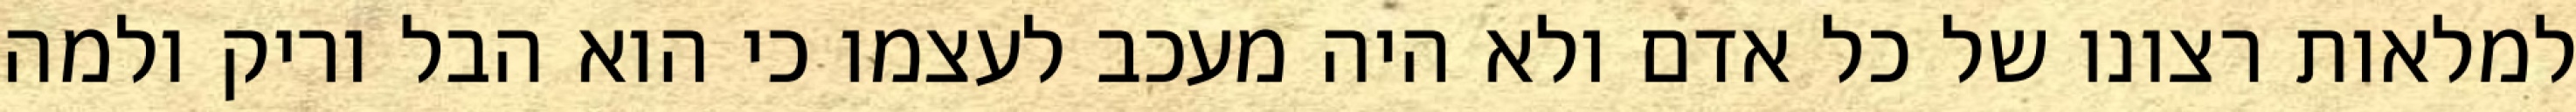
למלאות רצונו של כל אדם ולא היה מעכב לעצמו כי הוא הבל וריק ולמה